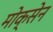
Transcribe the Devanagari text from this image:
मोक्सेन